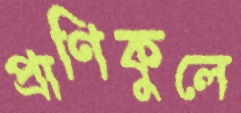
প্রাণিকুলে